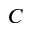
C